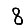
Digit: 8